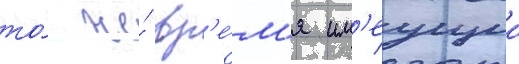
то́ же́ вр'е́м'я им'еущии